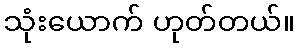
သုံးယောက် ဟုတ်တယ်။